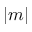
\lvert m \rvert